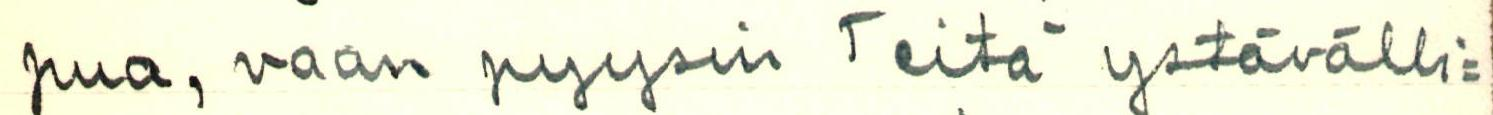
pua, vaan pyysin Teitä ystävälli=